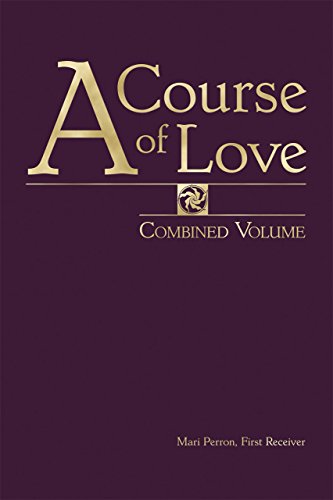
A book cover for A Course of Love: Combined Volume; Mari Perron; Self-Help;